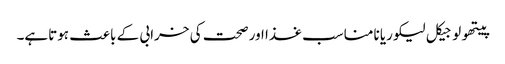
پیتھولوجیکل لیکوریا نامناسب غذا اور صحت کی خرابی کے باعث ہوتاہے۔